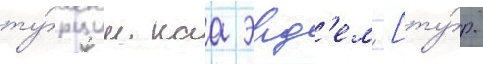
ту́рции каа эрд'ем [ту́р.